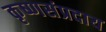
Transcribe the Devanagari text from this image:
कृष्णसंप्रदाय